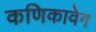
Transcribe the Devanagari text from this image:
कणिकावेग